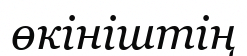
өкініштің